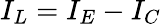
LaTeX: I_{L}=I_{E}-I_{C}